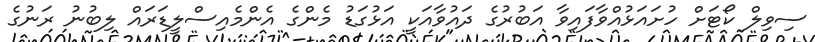
ސިވިލް ކޯޓަށް ހުށައަޅުއްވާފައިވާ އަބުރުގެ ދައުވާއަކީ އަޅުގަޑު މެންގެ އެންމެއިސްލީޑަރައް ލިބުނު ރަނުގެ